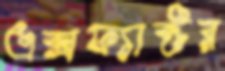
এক্সফ্যাক্টর